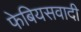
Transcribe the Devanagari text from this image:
फेबियसवादी